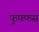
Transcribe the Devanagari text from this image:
फुफ्फस